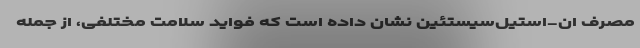
مصرف ان-استیل‌سیستئین نشان داده است که فواید سلامت مختلفی، از جمله